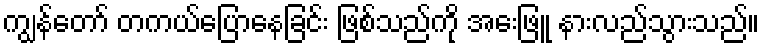
ကျွန်တော် တကယ်ပြောနေခြင်း ဖြစ်သည်ကို အေးဖြူ နားလည်သွားသည်။